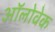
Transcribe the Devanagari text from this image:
ऑलोवेक